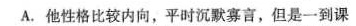
A.他性格比较内向，平时沉默寡言，但是一到课